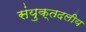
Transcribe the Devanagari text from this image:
संयुक्तदलीय